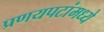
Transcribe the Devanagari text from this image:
प्रणयपटांमध्ये